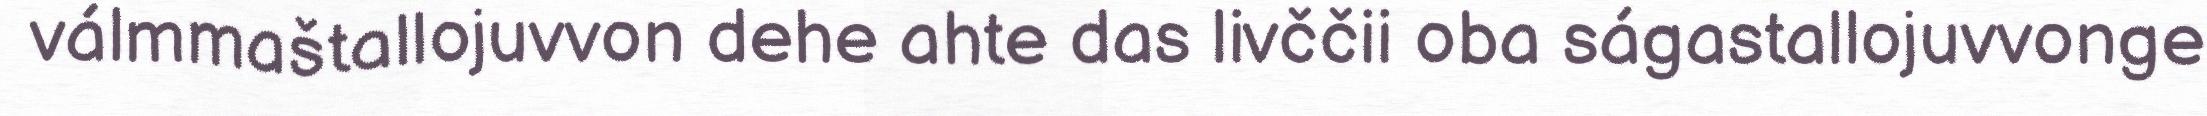
válmmaštallojuvvon dehe ahte das livččii oba ságastallojuvvonge